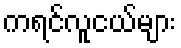
ကရင်လူငယ်များ